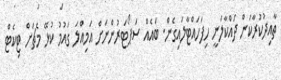
ތާއިދުކުރާކަން ދައްކާލަނީ ހިފަހައްޓާލައިގެން. ބައެއް ސަޕޯޓަރުންނަށް އަމިއްލަ ގައުމު ކުޅޭ މެޗަށް ޓިކެޓް